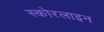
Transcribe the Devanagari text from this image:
स्कोरलाइन